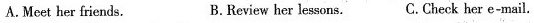
A.Meet her friends. B. Review her le sons. C.Check her e-mail.